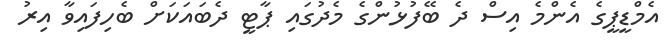
އެމްޑީޕީގެ އެންމެ އިސް ދެ ބޭފުޅުންގެ މެދުގައި ޕާޓީ ދެބައަކަށް ބެހިފައިވާ އިރު